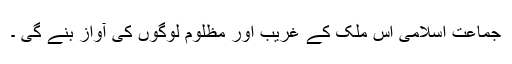
جماعت اسلامی اس ملک کے غریب اور مظلوم لوگوں کی آواز بنے گی ۔